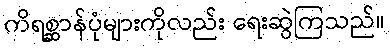
ကိရစ္ဆာန်ပုံများကိုလည်း ရေးဆွဲကြသည်။